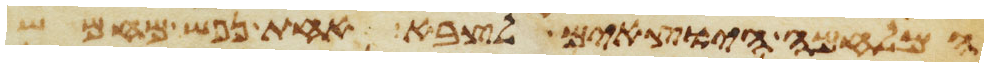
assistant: המלחמה היוצאים לצבא אחת נפש מחמש